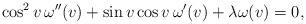
LaTeX: \begin{align*} \cos^{2}v\,\omega''(v) + \sin v\cos v\,\omega'(v) + \lambda\omega(v)=0, \end{align*}